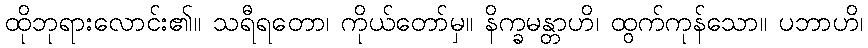
ထိုဘုရားလောင်း၏။ သရီရတော၊ ကိုယ်တော်မှ။ နိက္ခမန္တာဟိ၊ ထွက်ကုန်သော။ ပဘာဟိ၊